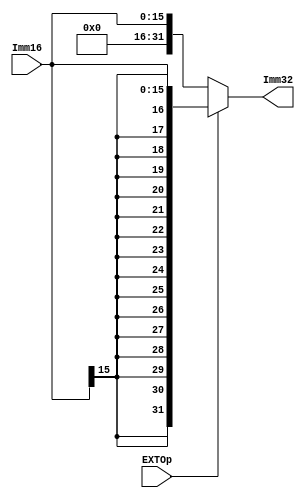

module EXT( Imm16, EXTOp, Imm32 );
    
   input  [15:0] Imm16;
   input         EXTOp;
   output [31:0] Imm32;
   
   assign Imm32 = (EXTOp) ? {{16{Imm16[15]}}, Imm16} : {16'd0, Imm16}; // signed-extension or zero extension
       
endmodule


module EXT_Shamt( Imm5, EXTOp, Imm32 );
    
   input  [4:0] Imm5;
   input         EXTOp;
   output [31:0] Imm32;
   
   assign Imm32 = (EXTOp) ? {{27{Imm5[4]}}, Imm5} : {27'd0, Imm5}; // signed-extension or zero extension
       
endmodule